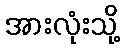
အားလုံးသို့